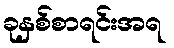
ခုနှစ်စာရင်းအရ